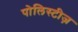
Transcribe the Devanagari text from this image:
पोलिस्टीज़